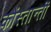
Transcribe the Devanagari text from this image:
कोंस्तान्तीं